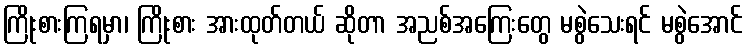
ကြိုးစားကြရမှာ၊ ကြိုးစား အားထုတ်တယ် ဆိုတာ အညစ်အကြေးတွေ မစွဲသေးရင် မစွဲအောင်